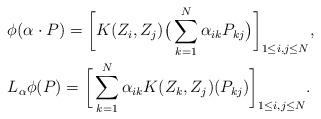
LaTeX: \begin{align*}& \phi( \alpha \cdot P) = \bigg[ K(Z_i, Z_j) \big( \sum_{k=1}^N \alpha_{ik} P_{kj} \big) \bigg]_{1 \le i,j \le N}, \\& L_\alpha \phi(P) = \bigg[ \sum_{k=1}^N \alpha_{ik} K(Z_k, Z_j) (P_{kj}) \bigg]_{1 \le i,j \le N}.\end{align*}